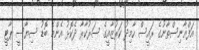
އަފްޣާނިސްތާނުގެ ރައީސް ހާމިދު ކަރުޒާއީގެ ސަރުކާރާ ދެކޮޅު އެންމެ ބޮޑު ސިޔާސީ ޕާޓީ